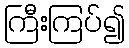
ကြီးကြပ်၍